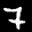
Label: 7